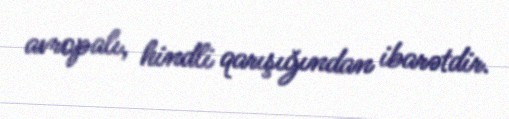
avropalı, hindli qarışığından ibarətdir.